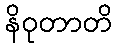
နိဝုတာတိ